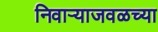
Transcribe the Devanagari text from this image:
निवाऱ्याजवळच्या